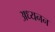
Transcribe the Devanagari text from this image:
अध्यनन